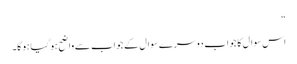
“
اس سوال کا جواب دوسرے سوال کے جواب سے واضح ہوگیا ہوگا۔